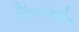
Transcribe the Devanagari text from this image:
लिंगविशेष